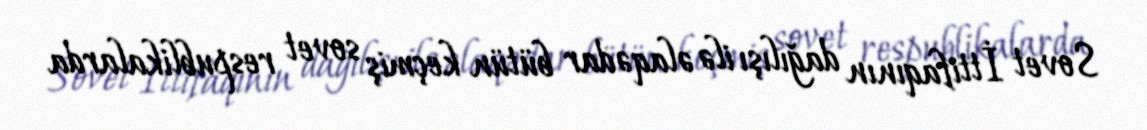
Sovet İttifaqının dağılışı ilə əlaqədar bütün keçmiş sovet respublikalarda